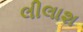
લીલાશ